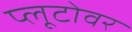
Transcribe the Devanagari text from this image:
प्लूटोवर